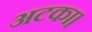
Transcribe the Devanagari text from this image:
अटका।